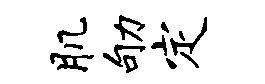
肌劬定